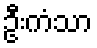
ဦးကံသာ